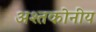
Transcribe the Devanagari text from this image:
अश्तकोनीय